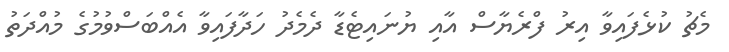
މެޗު ކުޅެފައިވާ އިރު ފްރެޔާސް އާއި ޔުނައިޓެޑާ ދެމެދު ހަދާފައިވާ އެއްބަސްވުމުގެ މުއްދަތު